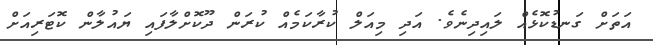
އަތަށް ގަނޑުކޮޅެއް ލައިދިނެވެ. އަދި މިއަލް ކުރާކަމެއް ކުރަން ދޫކޮށްލާފައި ޔައުލާން ކޮޓަރިއަށް